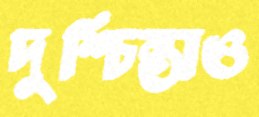
দুশ্চিন্তাও